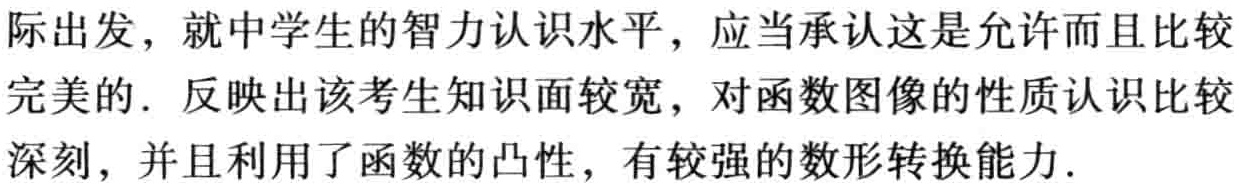
际出发，就中学生的智力认识水平，应当承认这是允许而且比较完美的. 反映出该考生知识面较宽，对函数图像的性质认识比较深刻，并且利用了函数的凸性，有较强的数形转换能力.